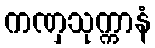
ကဏှသုက္ကာနံ